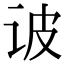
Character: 诐